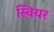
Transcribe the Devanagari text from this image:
स्वियर